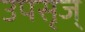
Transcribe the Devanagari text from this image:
उपसृज्